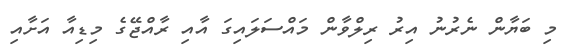
މި ބަޔާން ނެރުނު އިރު ރިލްވާން މައްސަލައިގަ އާއި ރާއްޖޭގެ މިޑިއާ އަށާއި